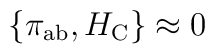
\left\{ \pi _{{\rm ab}},H_{{\rm C}}\right\} \approx 0